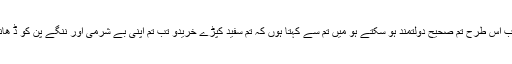
میں تمہیں صلاح دیتا ہوں کہ تم مجھ سے سونا خریدو جو آ گ میں تپ کر خالص ہوا ہے تب اس طرح تم صحیح دولتمند ہو سکتے ہو میں تم سے کہتا ہوں کہ تم سفید کپڑے خریدو تب تم اپنی بے شرمی اور ننگے پن کو ڈ ھانک سکو گے میں تم سے کہتا ہوں کہ دوا ئیں خرید کر آنکھوں میں ڈالو تا کہ تم دیکھ سکو۔